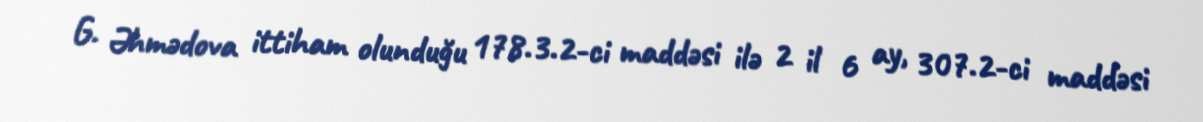
G. Əhmədova ittiham olunduğu 178.3.2-ci maddəsi ilə 2 il 6 ay, 307.2-ci maddəsi